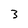
Character: 3